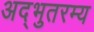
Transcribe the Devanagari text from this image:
अद्भुतरम्य